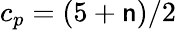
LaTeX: c_{p}=(5+\mathsf{n})/2